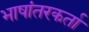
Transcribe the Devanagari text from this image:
भाषांतरकर्ता